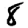
Digit: 8